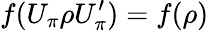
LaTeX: f(U_{\pi}\rho U_{\pi}^{\prime})=f(\rho)